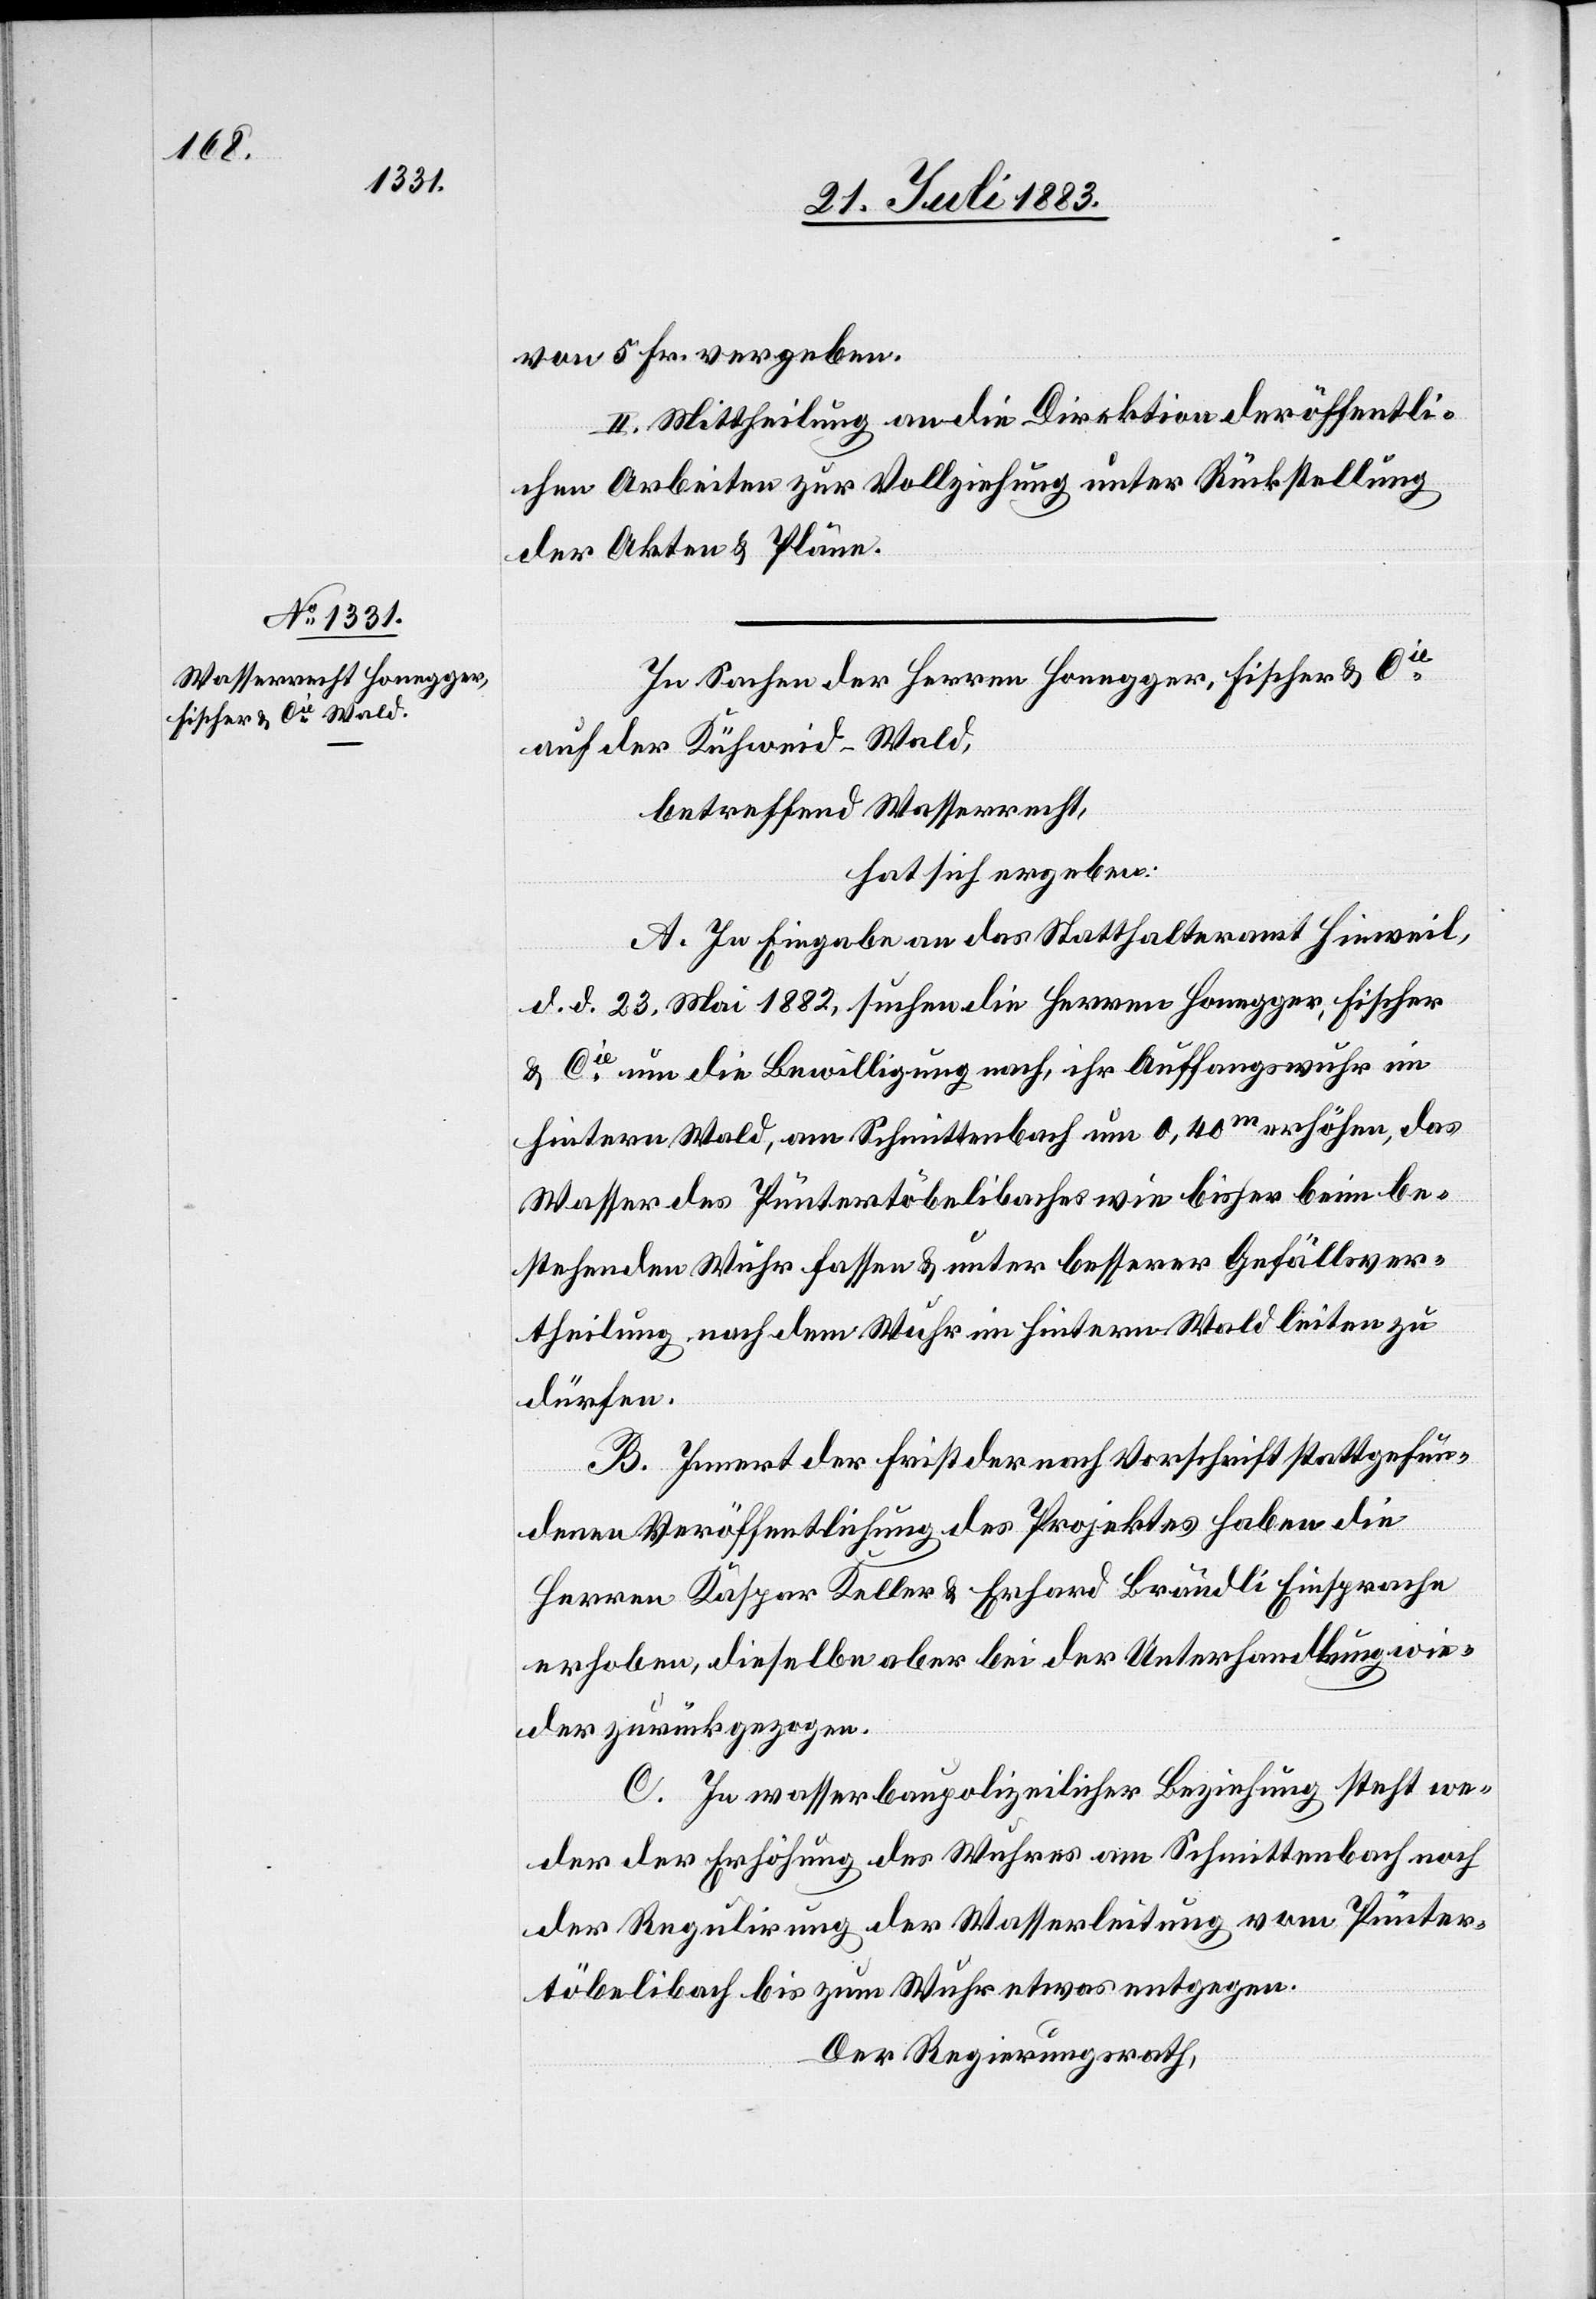
von 5 Fr. vergeben.
II. Mittheilung an die Direktion der öffentli¬
chen Arbeiten zur Vollziehung unter Rückstellung
der Akten & Pläne.
In Sachen der Herren Honegger, Fischer & Cie
auf der Kühweid - Wald,
betreffend Wasserrecht,
hat sich ergeben:
A. In Eingabe an das Statthalteramt Hinweil,
d. d. 23. Mai 1882, suchen die Herren Honegger, Fischer
& Cie um die Bewilligung nach, ihr Auffangswuhr im
hintern Wald, am Schmittenbach um 0,40m erhöhen, das
Wasser des Püntertöbelibaches wie bisher beim be¬
stehenden Wuhr fassen & unter besserer Gefällsver¬
theilung nach dem Wuhr im hinter Wald leiten zu
dürfen.
B. Innert der Frist der nach Vorschrift stattgefun¬
denen Veröffentlichung des Projektes haben die
Herren Kaspar Keller & Erhard Brändli Einsprache
erhoben, dieselben aber bei der Unterhandlung wie¬
der zurückgezogen.
C. In wasserbaupolizeilicher Beziehung steht we¬
der der Erhöhung des Wuhres am Schmittenbach noch
der Regulirung der Wasserleitung vom Pünter¬
töbelibach bis zum Wuhr etwas entgegen.
Der Regierungsrath,